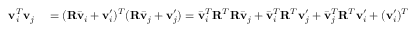
\begin{array} { r l } { \mathbf { v } _ { i } ^ { T } \mathbf { v } _ { j } } & { { } = ( \mathbf { R } \bar { \mathbf { v } } _ { i } + \mathbf { v } _ { i } ^ { \prime } ) ^ { T } ( \mathbf { R } \bar { \mathbf { v } } _ { j } + \mathbf { v } _ { j } ^ { \prime } ) = \bar { \mathbf { v } } _ { i } ^ { T } \mathbf { R } ^ { T } \mathbf { R } \bar { \mathbf { v } } _ { j } + \bar { \mathbf { v } } _ { i } ^ { T } \mathbf { R } ^ { T } \mathbf { v } _ { j } ^ { \prime } + \bar { \mathbf { v } } _ { j } ^ { T } \mathbf { R } ^ { T } \mathbf { v } _ { i } ^ { \prime } + ( \mathbf { v } _ { i } ^ { \prime } ) ^ { T } \mathbf { v } _ { j } ^ { \prime } = \delta _ { i j } , } \end{array}